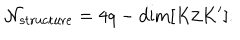
LaTeX: { \cal N } _ { \mathrm { s t r u c t u r e } } = 4 q - \mathrm { d i m } [ K / K ^ { \prime } ] .